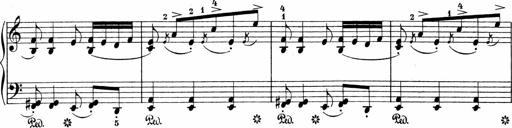
Title: 3 Sonatinas
Composer: Carl Reinecke